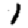
Digit: 1